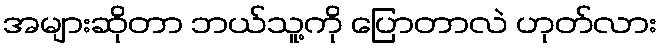
အများဆိုတာ ဘယ်သူ့ကို ပြောတာလဲ ဟုတ်လား